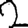
Digit: 2